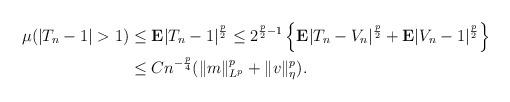
LaTeX: \begin{align*}\mu(|T_{n}-1|>1)&\le \mathbf{E}|T_{n}-1|^{\frac{p}{2}} \le 2^{\frac{p}{2}-1}\left\{\mathbf{E}|T_{n}-V_{n}|^{\frac{p}{2}}+\mathbf{E}|V_{n}-1|^{\frac{p}{2}}\right\}\\&\le Cn^{-\frac{p}{4}}(\|m\|_{L^p}^{p}+\|v\|_{\eta}^{p}).\\\end{align*}